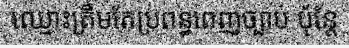
ឈ្មោះត្រឹមតែប្រពន្ធពេញច្បាប់ ប៉ុន្តែ